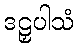
ဒဠှပါသံ